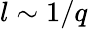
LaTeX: l\sim 1/q